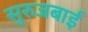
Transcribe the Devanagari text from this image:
सुरुजबाई